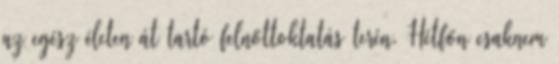
az egész életen át tartó felnőttoktatás terén. Hétfőn csaknem